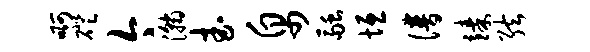
啊磴今瀚武帛融垣谱臻弦